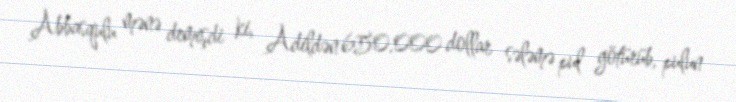
Abbasqulu mənə demişdi ki, Adildən 650.000 dollar sələmə pul götürüb, pulun